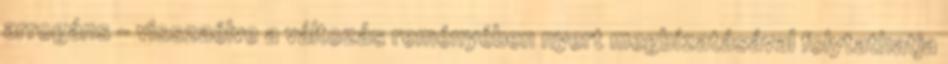
arrogáns – visszaélve a változás reményében nyert megbízatásával folytathatja